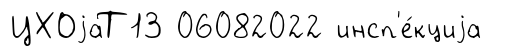
ЦХОjаТ13 06082022 инсп'е́кциjа